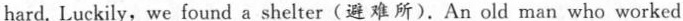
hard. Luckily,we found a shelter(避难所).An old man who worked